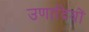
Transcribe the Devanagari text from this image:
उणादियों